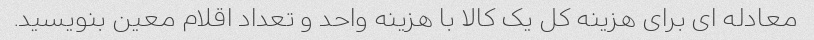
معادله ای برای هزینه کل یک کالا با هزینه واحد و تعداد اقلام معین بنویسید.